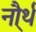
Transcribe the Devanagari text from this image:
नौ्र्थ